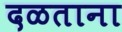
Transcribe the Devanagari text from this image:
दळताना